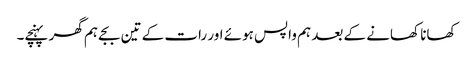
کھانا کھانے کے بعد ہم واپس ہوئے اور رات کے تین بجے ہم گھر پہنچے۔